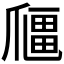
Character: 𱭅